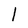
Character: 1